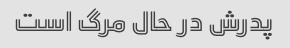
پدرش در حال مرگ است